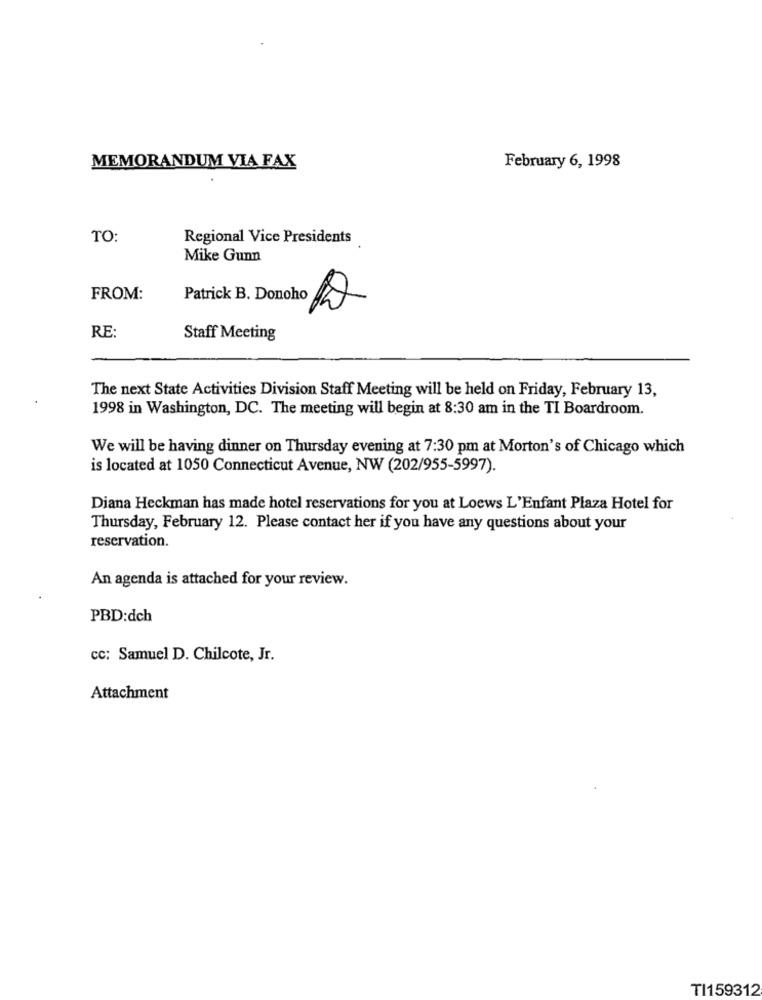
MEMORANDUM VIA FAX
February 6, 1998
TO:
Regional Vice Presidents
Mike Gunn
FROM:
Patrick B. Donoho
RE:
Staff Meeting
The next State Activities Division Staff Meeting will be held on Friday, February 13,
1998 in Washington, DC. The meeting will begin at 8:30 am in the TI Boardroom.
We will be having dinner on Thursday evening at 7:30 pm at Morton's of Chicago which
is located at 1050 Connecticut Avenue, NW (202/955-5997).
Diana Heckman has made hotel reservations for you at Loews L'Enfant Plaza Hotel for
Thursday, February 12. Please contact her if you have any questions about your
reservation.
An agenda is attached for your review.
PBD:dch
cc: Samuel D. Chilcote, Jr.
Attachment
TI159312